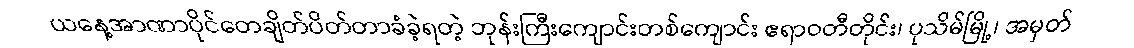
ယနေ့အာဏာပိုင်တေချိတ်ပိတ်တာခံခဲ့ရတဲ့ ဘုန်းကြီးကျောင်းတစ်ကျောင်း ဧရာဝတီတိုင်း၊ ပုသိမ်မြို့၊ အမှတ်